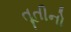
તૂતીનો